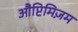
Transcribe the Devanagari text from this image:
औप्टिमिज़म